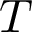
T